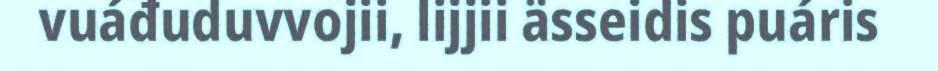
vuáđuduvvojii, lijjii ässeidis puáris